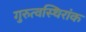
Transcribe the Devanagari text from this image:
गुरुत्वस्थिरांक